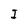
Character: I